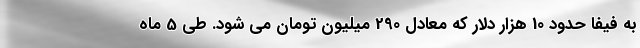
به فیفا حدود 10 هزار دلار که معادل 290 میلیون تومان می شود. طی 5 ماه